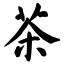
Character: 茶